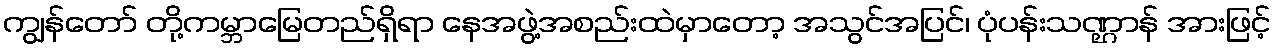
ကျွန်တော် တို့ကမ္ဘာမြေတည်ရှိရာ နေအဖွဲ့အစည်းထဲမှာတော့ အသွင်အပြင်၊ ပုံပန်းသဏ္ဌာန် အားဖြင့်